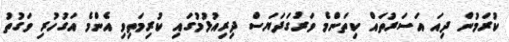
ކުރަމުން ދިއަ އަސަރުތައް ކިތަންމެ ވަރުގަދަޔަސް ދިރިއުޅުމުގައި ކުރިމަތިވި އެންމެ އަގުހުރި ވަގުތު